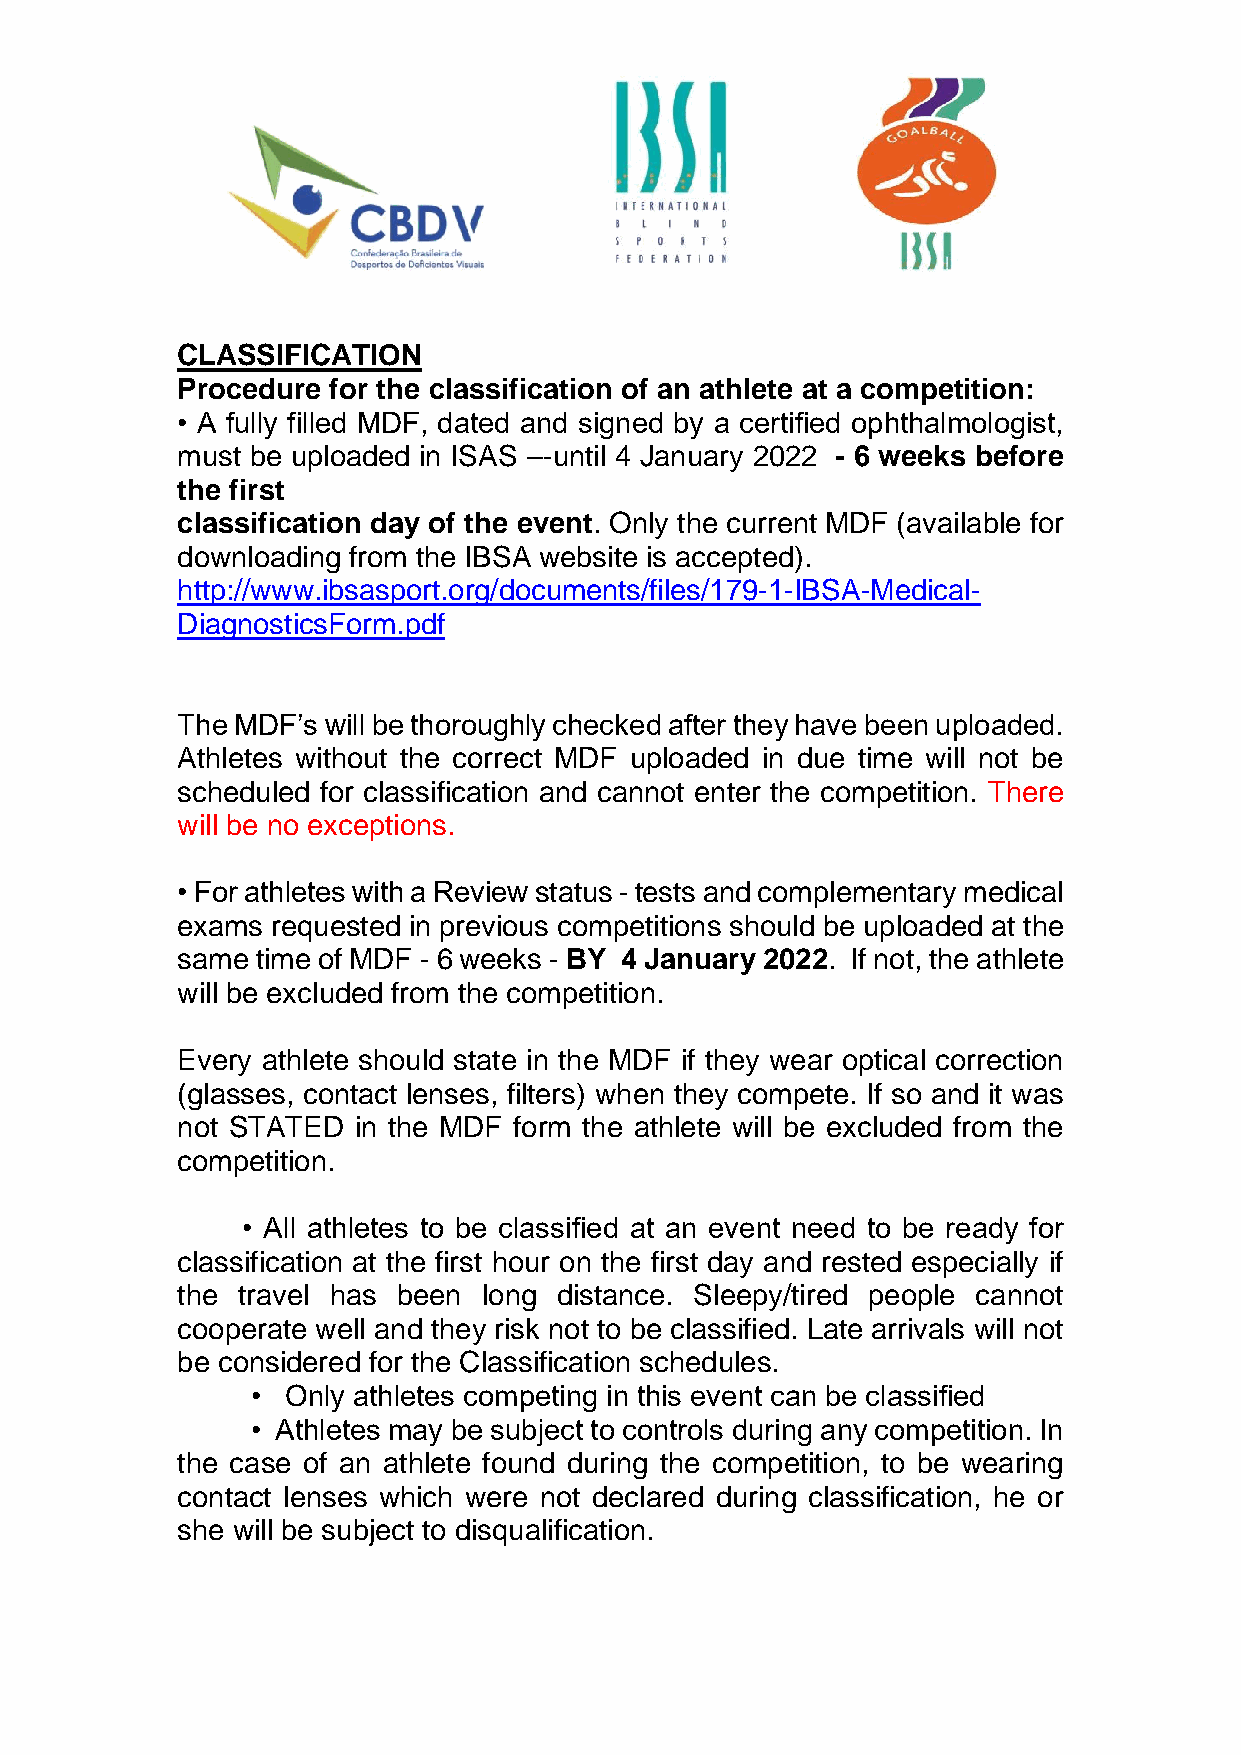
CLASSIFICATION
 Procedure for the classification of an athlete at a competition:
 • A fully filled MDF, dated and signed by a certified ophthalmologist,
 must be uploaded in ISAS –-until 4 January 2022 - 6 weeks before
 the first
 classification day of the event. Only the current MDF (available for
 downloading from the IBSA website is accepted).
 http://www.ibsasport.org/documents/files/179-1-IBSA-Medical-
 DiagnosticsForm.pdf
 The MDF’s will be thoroughly checked after they have been uploaded.
 Athletes without the correct MDF uploaded in due time will not be
 scheduled for classification and cannot enter the competition. There
 will be no exceptions.
 • For athletes with a Review status - tests and complementary medical
 exams requested in previous competitions should be uploaded at the
 same time of MDF - 6 weeks - BY 4 January 2022. If not, the athlete
 will be excluded from the competition.
 Every athlete should state in the MDF if they wear optical correction
 (glasses, contact lenses, filters) when they compete. If so and it was
 not STATED in the MDF form the athlete will be excluded from the
 competition.
 • All athletes to be classified at an event need to be ready for
 classification at the first hour on the first day and rested especially if
 the travel has been long distance. Sleepy/tired people cannot
 cooperate well and they risk not to be classified. Late arrivals will not
 be considered for the Classification schedules.
 • Only athletes competing in this event can be classified
 • Athletes may be subject to controls during any competition. In
 the case of an athlete found during the competition, to be wearing
 contact lenses which were not declared during classification, he or
 she will be subject to disqualification.